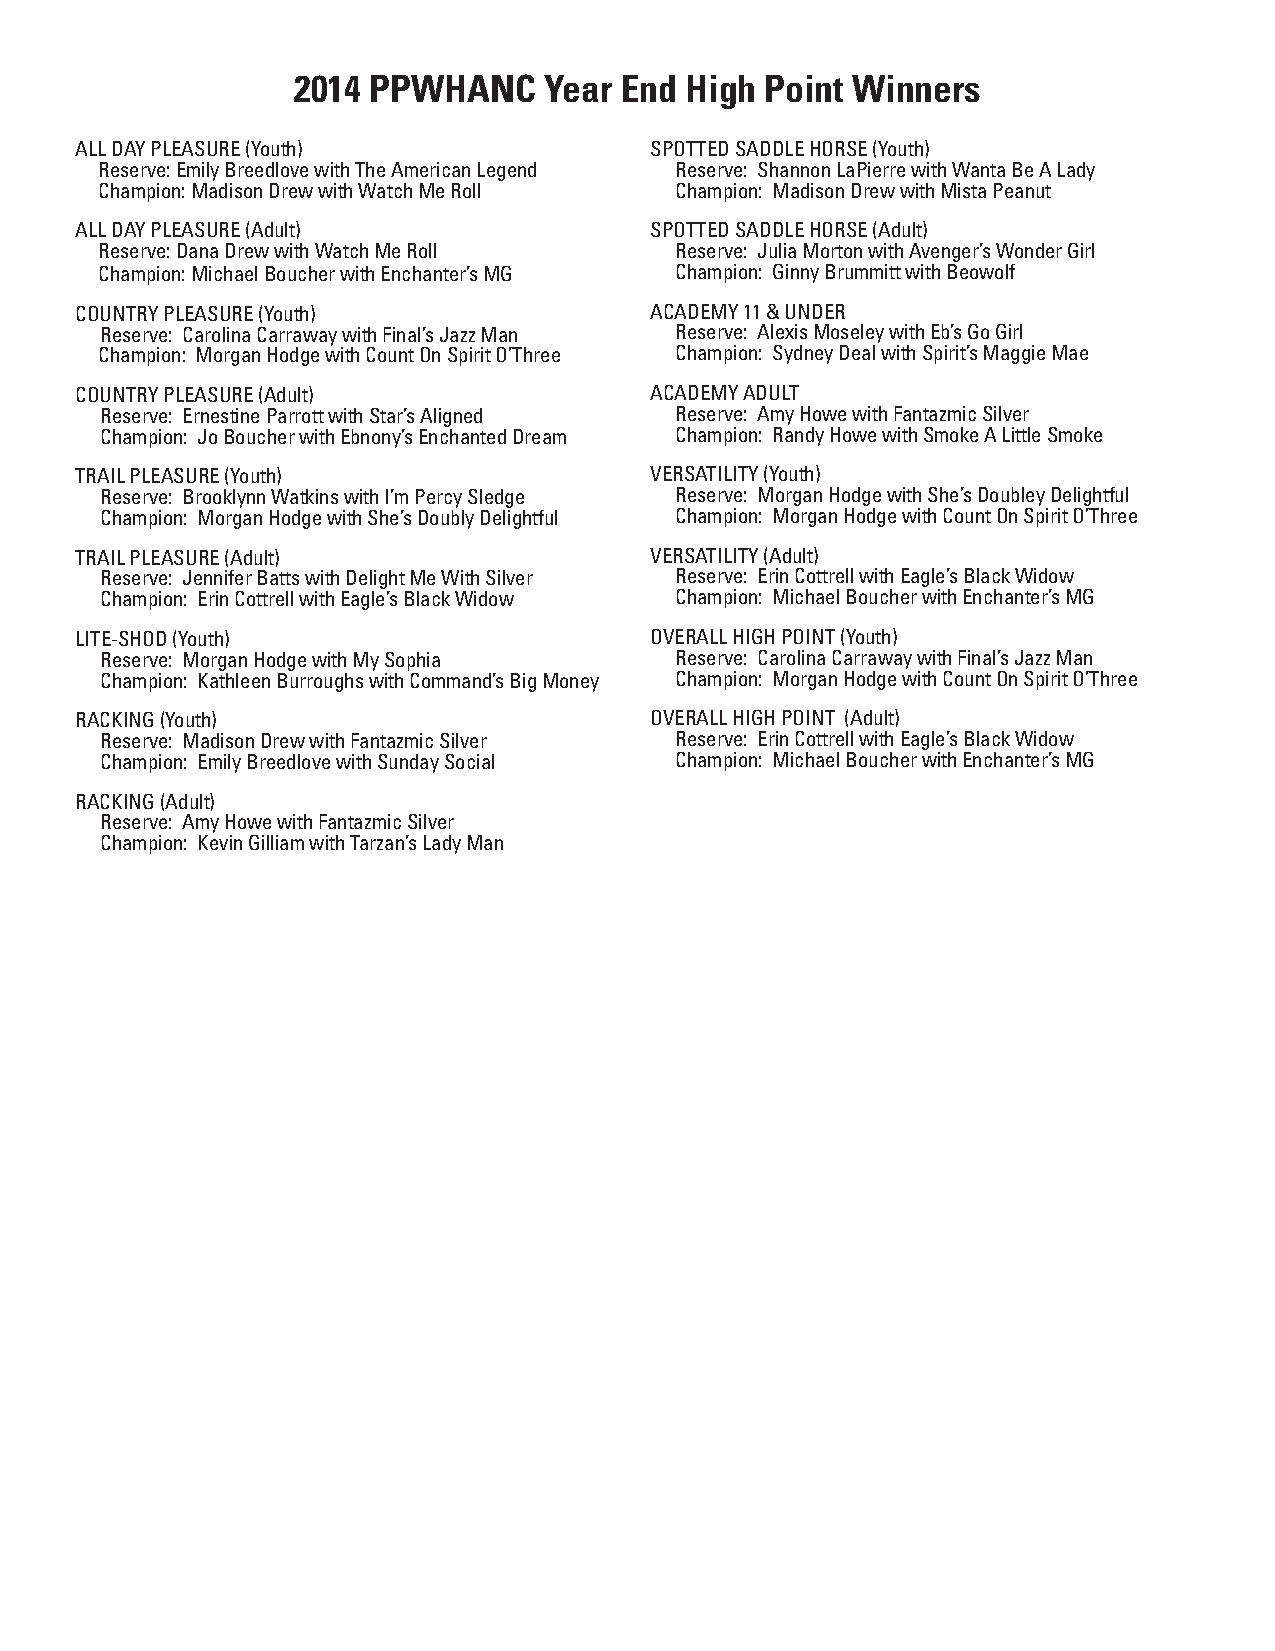
2014 PPWHANC     Year End High  Point Winners
 ALL DAY PLEASURE (Youth)              SPOTTED SADDLE HORSE (Youth)
 Reserve: Emily Breedlove with The American Legend Reserve: Shannon LaPierre with Wanta Be A Lady
 Champion: Madison Drew with Watch Me Roll Champion: Madison Drew with Mista Peanut
 ALL DAY PLEASURE (Adult)              SPOTTED SADDLE HORSE (Adult)
 Reserve: Dana Drew with Watch Me Roll  Reserve: Julia Morton with Avenger’s Wonder Girl
 Champion: Michael Boucher with Enchanter’s MG Champion: Ginny Brummitt with Beowolf
 COUNTRY PLEASURE (Youth)              ACADEMY 11 & UNDER
 Reserve: Carolina Carraway with Final’s Jazz Man Reserve: Alexis Moseley with Eb’s Go Girl
 Champion: Morgan Hodge with Count On Spirit O’Three Champion: Sydney Deal with Spirit’s Maggie Mae
 COUNTRY PLEASURE (Adult)              ACADEMY ADULT
 Reserve: Ernestine Parrott with Star’s Aligned Reserve: Amy Howe with Fantazmic Silver
 Champion: Jo Boucher with Ebnony’s Enchanted Dream Champion: Randy Howe with Smoke A Little Smoke
 TRAIL PLEASURE (Youth)                VERSATILITY (Youth)
 Reserve: Brooklynn Watkins with I’m Percy Sledge Reserve: Morgan Hodge with She’s Doubley Delightful
 Champion: Morgan Hodge with She’s Doubly Delightful Champion: Morgan Hodge with Count On Spirit O’Three
 TRAIL PLEASURE (Adult)                VERSATILITY (Adult)
 Reserve: Jennifer Batts with Delight Me With Silver Reserve: Erin Cottrell with Eagle’s Black Widow
 Champion: Erin Cottrell with Eagle’s Black Widow Champion: Michael Boucher with Enchanter’s MG
 LITE-SHOD (Youth)                     OVERALL HIGH POINT (Youth)
 Reserve: Morgan Hodge with My Sophia  Reserve: Carolina Carraway with Final’s Jazz Man
 Champion: Kathleen Burroughs with Command’s Big Money Champion: Morgan Hodge with Count On Spirit O’Three
 RACKING (Youth)                       OVERALL HIGH POINT (Adult)
 Reserve: Madison Drew with Fantazmic Silver Reserve: Erin Cottrell with Eagle’s Black Widow
 Champion: Emily Breedlove with Sunday Social Champion: Michael Boucher with Enchanter’s MG
 RACKING (Adult)
 Reserve: Amy Howe with Fantazmic Silver
 Champion: Kevin Gilliam with Tarzan’s Lady Man